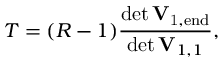
T = ( R - 1 ) \frac { \operatorname* { d e t } \mathbf { \mathbf { V } } _ { \mathrm { 1 , e n d } } } { \operatorname* { d e t } \mathbf { \mathbf { V } } _ { 1 , 1 } } ,